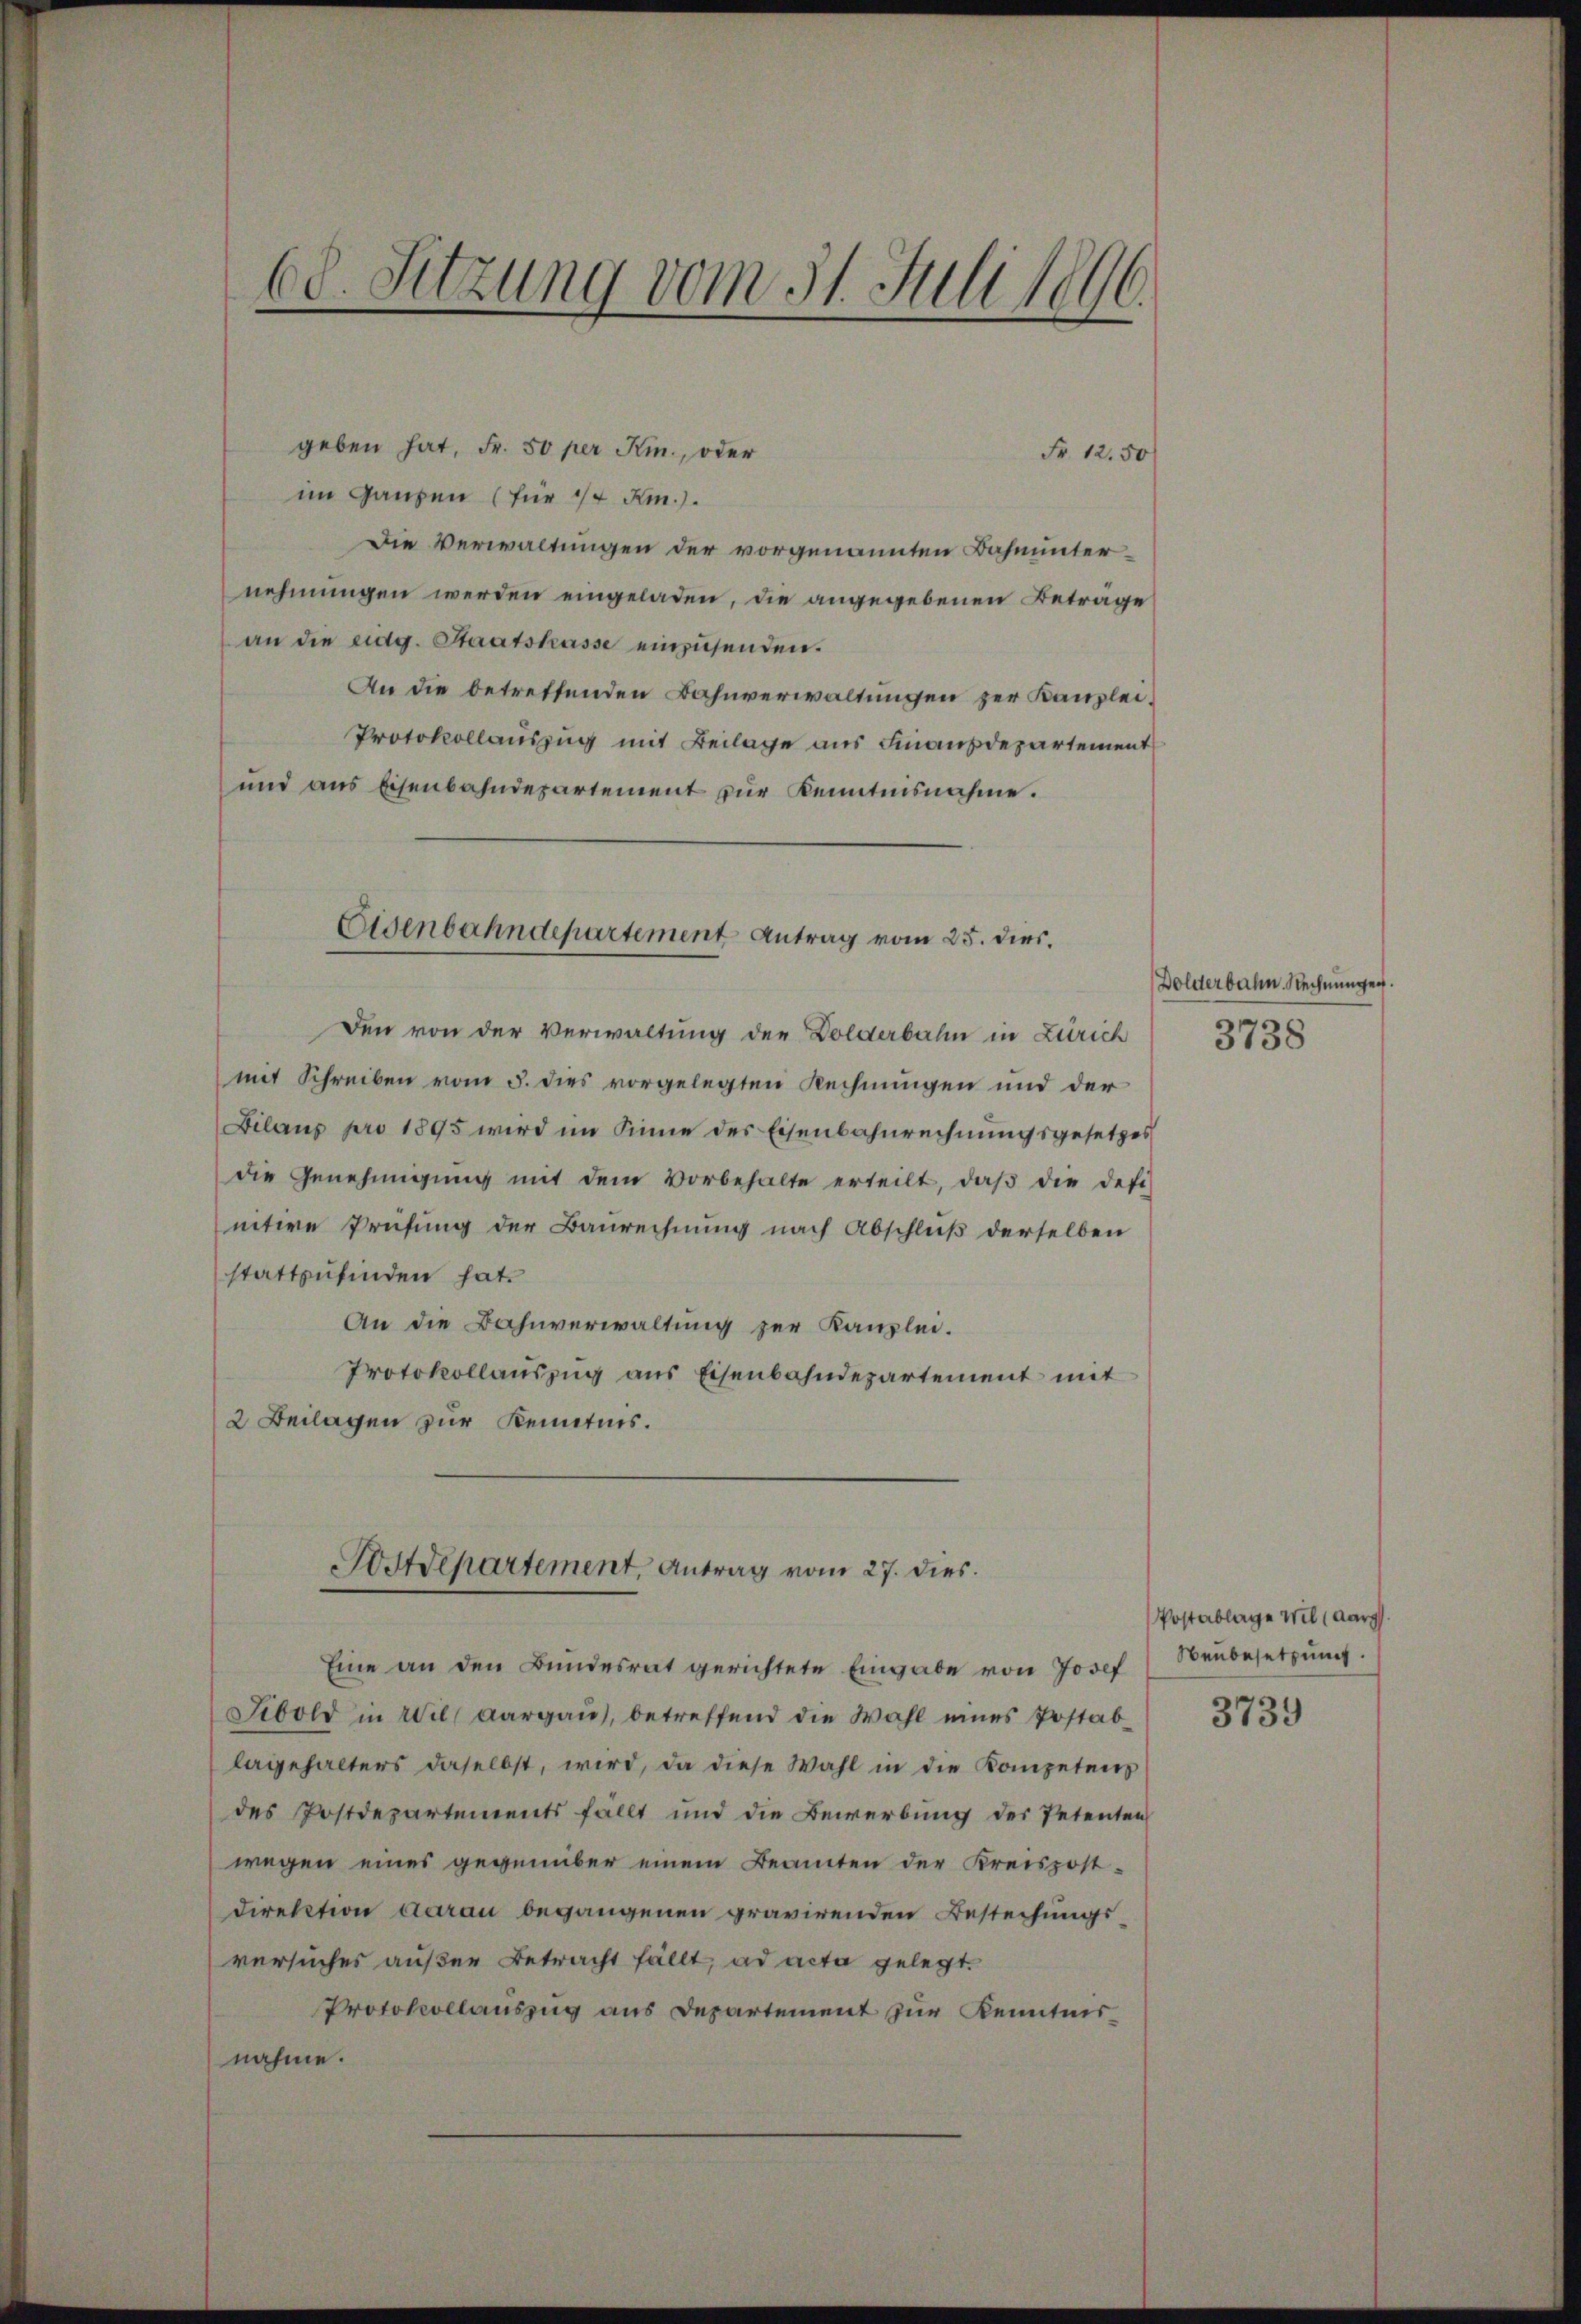
68. Sitzung vom 31. Juli 1896.

geben hat, Fr. 50 per Kin., oder
Fr. 12.50
im Ganzen (für 1/4 Am.).
Die Verwaltungen der vorgenannten Bahnunternehmungen werden eingeladen, die angegebenen Betrage
an die eidg. Staatskasse einzusenden.
An die betreffenden Bahnverwaltungen zur Kanzlei¬
Protokollauszug mit Beilage aus Finanzdepartement
und aus Eisenbahndepartement zur Kenntnisnahme.
Den von der Verwaltung der Dolderbahn in Zürich
mit Schreiben vom 5. dies vorgelegten Rechnungen und der
Bilans pro 1895 wird im Sinne des Eisenbahnrechnungsgesetzes
die Genehmigŭng mit dem Vorbehalte erteilt, daβ die defi
nitive Prüfung der Baurechnung nach Abschluß derselben
stattzufinden hat.
An die Bahnverwaltung zur Kanzlei.
Protokollauszug aus Eisenbahndepartement mit
2 Beilagen zur Kenntnis.

Eisenbahndepartement Antrag vom 25. dies.

Postdepartement, Antrag vom 27. dies

Eine an den Bundesrat gerichtete Eingabe von Josef
Sibold in Wil (Aargau, betreffend die Wahl eines Postab
lagehalters daselbst, wird, da diese Wahl in die Kompetens
des Postdepartements fällt und die Bewerbung des Petenten
wegen eines gegenüber einem Beamten der Kreispost-
Direktion darau begangenen gravirenden Bestechungsversuches außer Betracht fällt, ad acta gelegt.
Protokollauszug aus Departement zur Kenntnisnahme.

Dolderbahn. Rechnungen.
3738

Postablage wil (Aarg.
Neubesetzung

3739